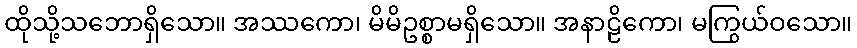
ထိုသို့သဘောရှိသော။ အဿကော၊ မိမိဥစ္စာမရှိသော။ အနာဠိကော၊ မကြွယ်ဝသော။